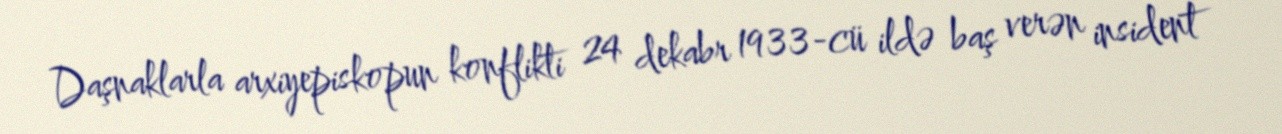
Daşnaklarla arxiyepiskopun konflikti 24 dekabr 1933-cü ildə baş verən insident